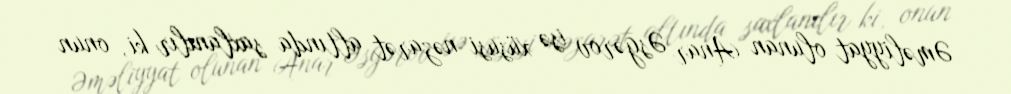
Əməliyyat olunan Anar Əsgərov isə xüsusi nəzarət altında saxlanılır ki, onun